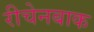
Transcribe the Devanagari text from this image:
रीचेनबाक